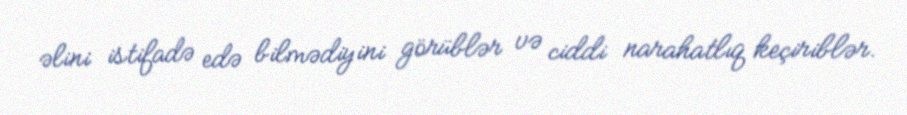
əlini istifadə edə bilmədiyini görüblər və ciddi narahatlıq keçiriblər.